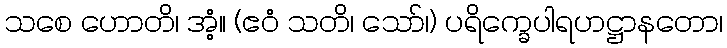
သစေ ဟောတိ၊ အံ့။ (ဧဝံ သတိ၊ သော်၊) ပရိက္ခေပါရဟဋ္ဌာနတော၊